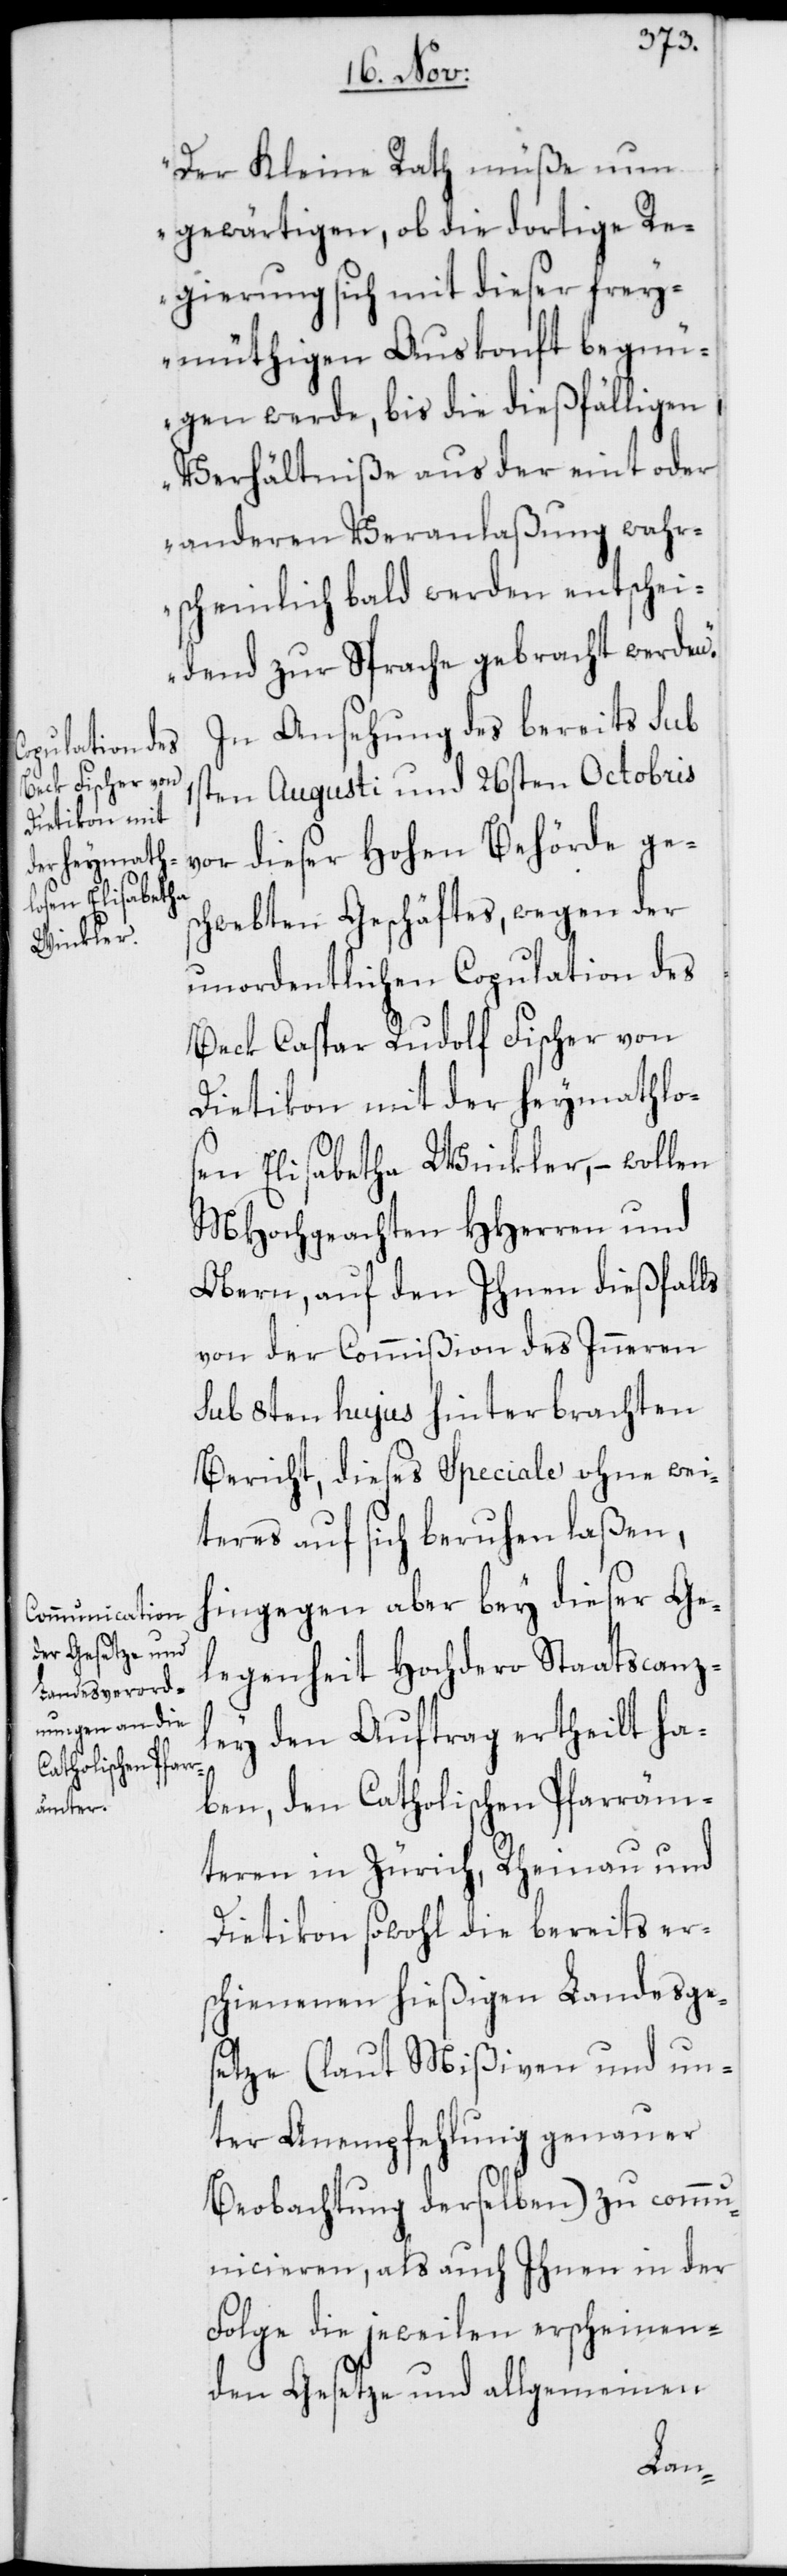
den Gesetze und

Der Kleine Rath müße nun
gewärtigen, ob die dortige Re¬
gierung sich mit dieser frey¬
müthigen Auskonft begn¬
ügen werde, bis die dießfälligen
Verhältniße aus der eint oder
anderen Veranlaßung wahr¬
scheinlich bald werden entschei¬
dend zur Sprache gebracht werden.
In Ansehung des bereits sub
1sten Augusti und 26sten Octobris
vor dieser Hohen Behörde ges¬
chwebten Geschäftes, wegen der
unordentlichen Copulation des
Beck Caspar Rudolf Fischer von
Dietikon mit der heymathlo¬
sen Elisabetha Winkler, – wollen
MHochgeachten HHerren und
Obern, auf den Ihnen dießfalls
von der Commißion des Inneren
sub 8ten hujus hinterbrachten
Bericht, dieses Speciale ohne wei¬
teres auf sich beruhen laßen,
hingegen aber bey dieser Ge¬
legenheit Hochdero Staatscanz¬
ley den Auftrag ertheilt ha¬
ben, den Catholischen Pfarräm¬
teren in Zürich, Rheinau und
Dietikon sowohl die bereits er¬
schienenen hießigen Landesge¬
setze (laut Mißiven und un¬
ter Anempfehlung genauer
Beobachtung derselben) zu comm¬
unicieren, als auch Ihnen in der
Folge die jeweilen erscheinen¬